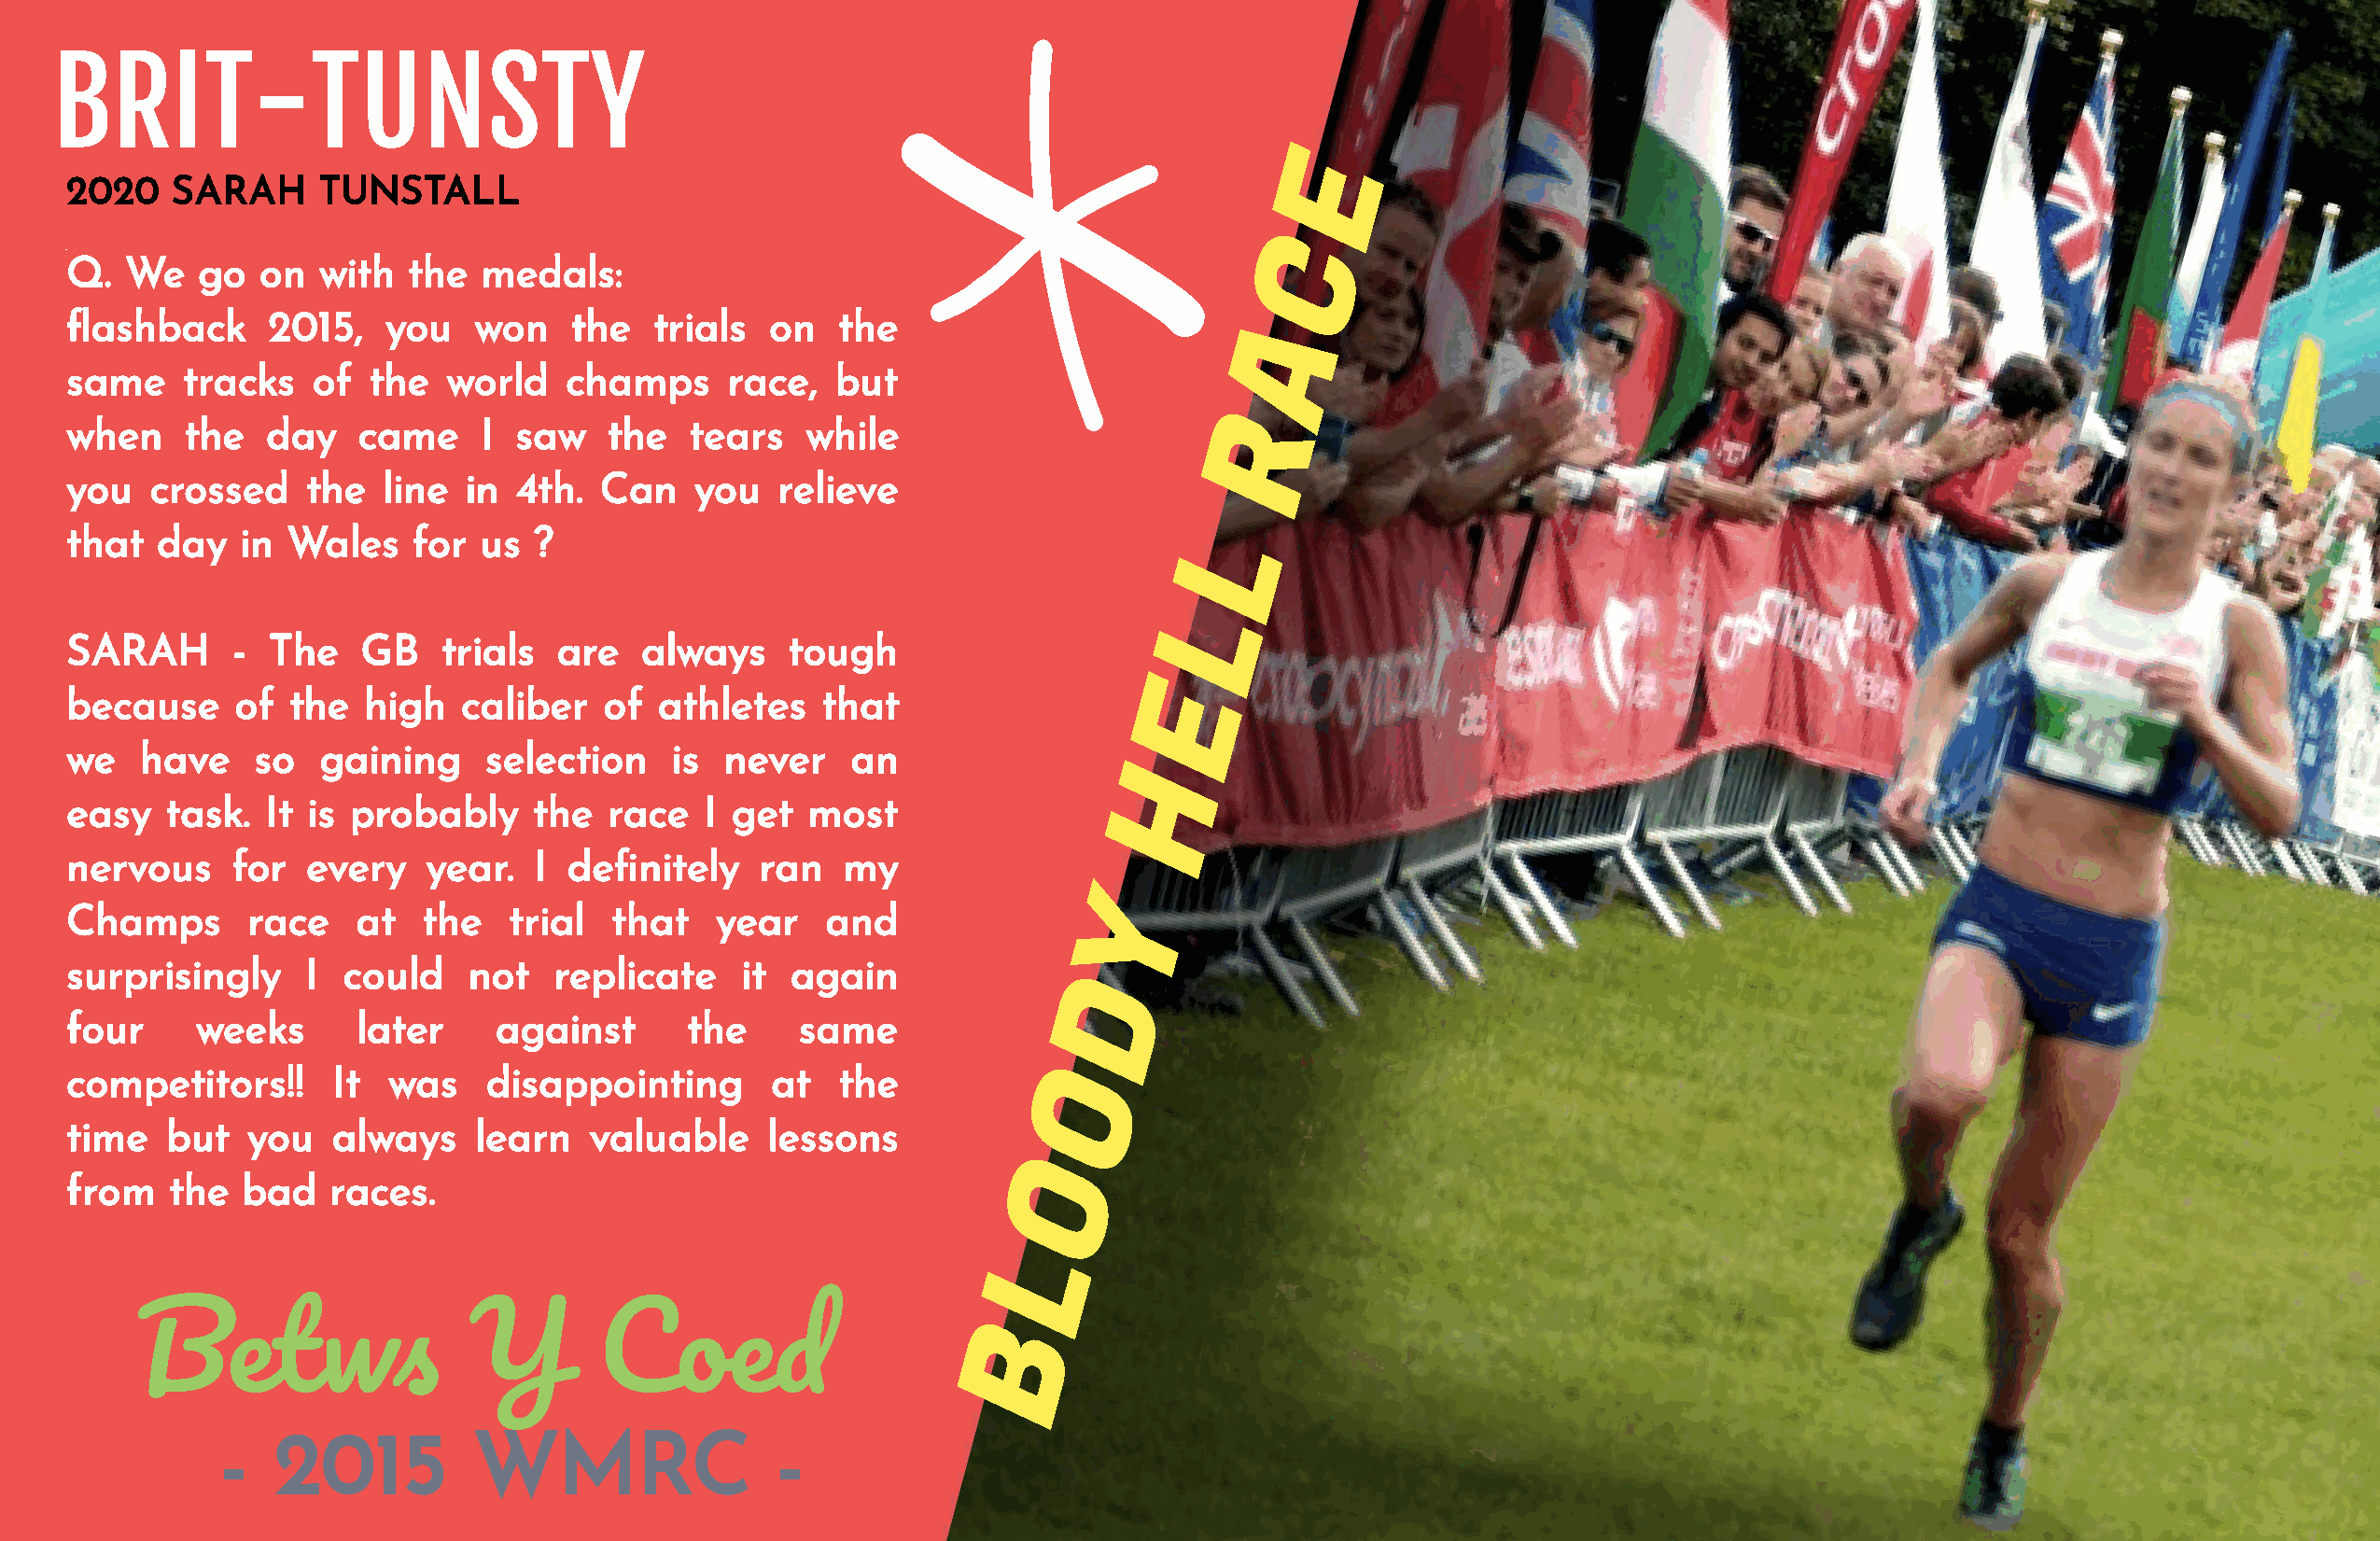
BRIT-TUNSTY
 E
 2020   SARAH      TUNSTALL
 C
 Q.  We   go  on   with  the  medals:
 ashback      2015,   you    won   the   trials   on  the
 A
 same    tracks   of  the   world   champs      race,  but
 R
 when    the   day   came     I  saw   the   tears   while
 you   crossed    the  line  in  4th.  Can   you   relieve
 that  day   in Wales    for  us  ?
 L
 L
 SARAH      -  The    GB   trials  are   always     tough
 E
 because     of the   high   caliber   of  athletes   that
 we   have    so   gaining    selection     is never    an
 H
 easy   task.  It is probably     the  race   I get  most
 nervous    for   every   year.   I denitely     ran   my
 Y
 Champs       race   at   the   trial  that    year   and
 surprisingly     I could    not   replicate     it again
 D
 four     weeks      later     against       the     same
 competitors!!      It was    disappointing        at  the             O
 time   but  you   always     learn   valuable    lessons
 O
 from   the  bad   races.
 L
 B
 Bet                  Y        Coe
 -  2015          WMRC                  -